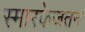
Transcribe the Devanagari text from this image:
स्मारकेजतन